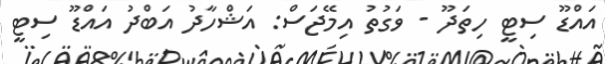
އައްޑޫ ސިޓީ ހިތަދޫ - ވަގުތު އިމޭޖަސް: އަޝްހާދު އަބްދު އައްޑޫ ސިޓީ